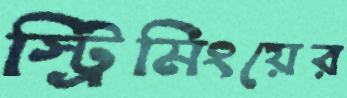
স্ট্রিমিংয়ের